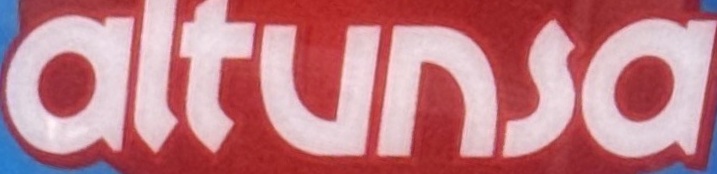
altunsa